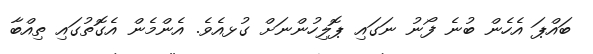
ބައްޕަ އެހެން ބުނެ ފޯނު ނަގައި ޕޮލިހުންނަށް ގުޅއެވެ. އެންމެން އެގޮތުގައި ތިއްބާ